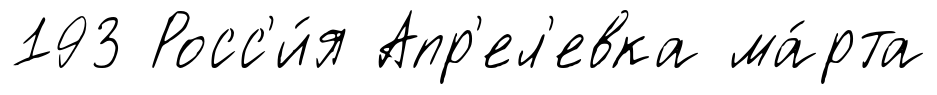
193 Росс'и́я Апр'ел'евка ма́рта